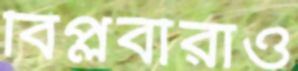
বিপ্লবীরাও